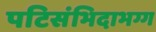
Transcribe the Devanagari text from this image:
पटिसंभिदाभग्ग